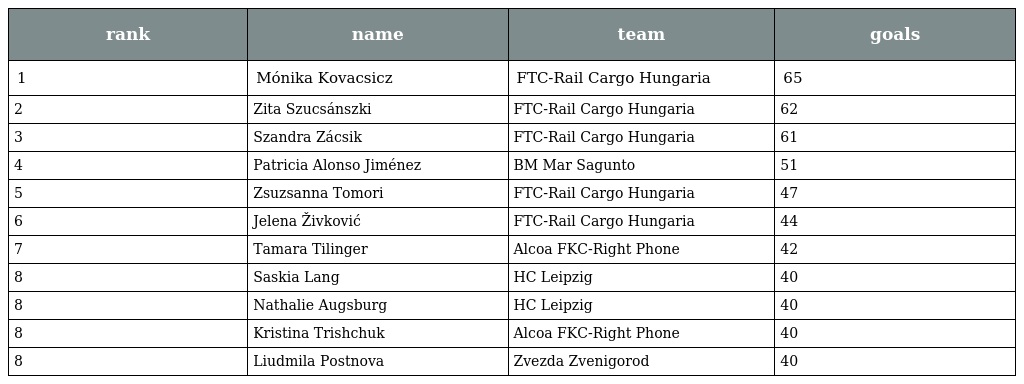
| rank | name | team | goals |
 | --- | --- | --- | --- |
 | 1 | Mónika Kovacsicz | FTC-Rail Cargo Hungaria | 65 |
 | 2 | Zita Szucsánszki | FTC-Rail Cargo Hungaria | 62 |
 | 3 | Szandra Zácsik | FTC-Rail Cargo Hungaria | 61 |
 | 4 | Patricia Alonso Jiménez | BM Mar Sagunto | 51 |
 | 5 | Zsuzsanna Tomori | FTC-Rail Cargo Hungaria | 47 |
 | 6 | Jelena Živković | FTC-Rail Cargo Hungaria | 44 |
 | 7 | Tamara Tilinger | Alcoa FKC-Right Phone | 42 |
 | 8 | Saskia Lang | HC Leipzig | 40 |
 | 8 | Nathalie Augsburg | HC Leipzig | 40 |
 | 8 | Kristina Trishchuk | Alcoa FKC-Right Phone | 40 |
 | 8 | Liudmila Postnova | Zvezda Zvenigorod | 40 |